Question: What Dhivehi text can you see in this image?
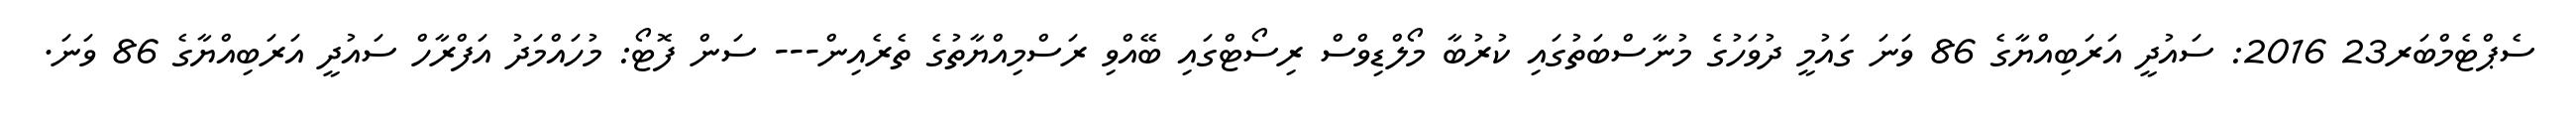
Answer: ސެޕްޓެމްބަރ23 2016: ސައުދީ އަރަބިއްޔާގެ 86 ވަނަ ގައުމީ ދުވަހުގެ މުނާސްބަތުގައި ކުރުބާ މޯލްޑިވްސް ރިސޯޓްގައި ބޭއްވި ރަސްމިއްޔާތުގެ ތެރެއިން--- ސަން ފޮޓޯ: މުހައްމަދު އަފްރާހް ސައުދީ އަރަބިއްޔާގެ 86 ވަނަ.